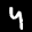
Label: 4